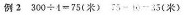
例2 $$3 0 0 ÷ 4 = 7 5$$( 米 ) $$7 5 - 4 0 - 3 5$$ (米)